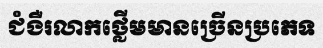
ជំងឺរលាកថ្លើមមានច្រើនប្រភេទ